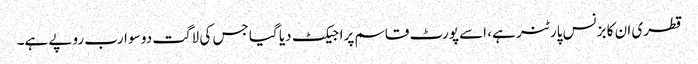
قطری ان کا بزنس پارٹنر ہے، اسے پورٹ قاسم پراجیکٹ دیا گیا جس کی لاگت دو سو ارب روپے ہے۔